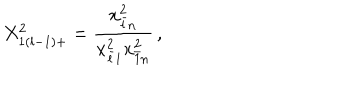
LaTeX: \displaystyle { X _ { 1 ( l - 1 ) + } ^ { 2 } = \frac { x _ { \bar { l } n } ^ { 2 } } { x _ { \bar { l } 1 } ^ { 2 } x _ { \bar { 1 } n } ^ { 2 } } } \, ,